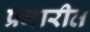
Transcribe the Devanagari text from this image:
प्रभारीत